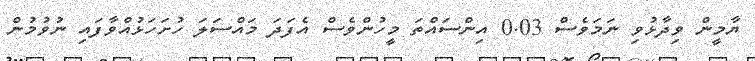
ޔާމީން ވިދާޅުވި ނަމަވެސް 0.03 އިންސައްތަ މީހުންވެސް އެފަދަ މައްސަލަ ހުށަހަޅުއްވާފައި ނުވުމުން